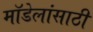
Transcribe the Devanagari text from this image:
मॉडेलांसाठी